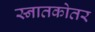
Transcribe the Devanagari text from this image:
स्‍नातकोतर